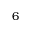
6